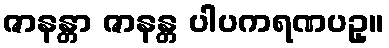
ဇာနန္တာ ဇာနန္တ ပါပကရဏပဥှ။